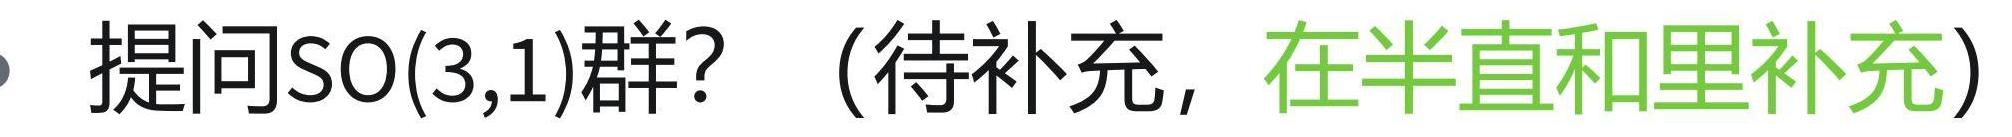
提问SO(3,1)群？（待补充，在半直和里补充）